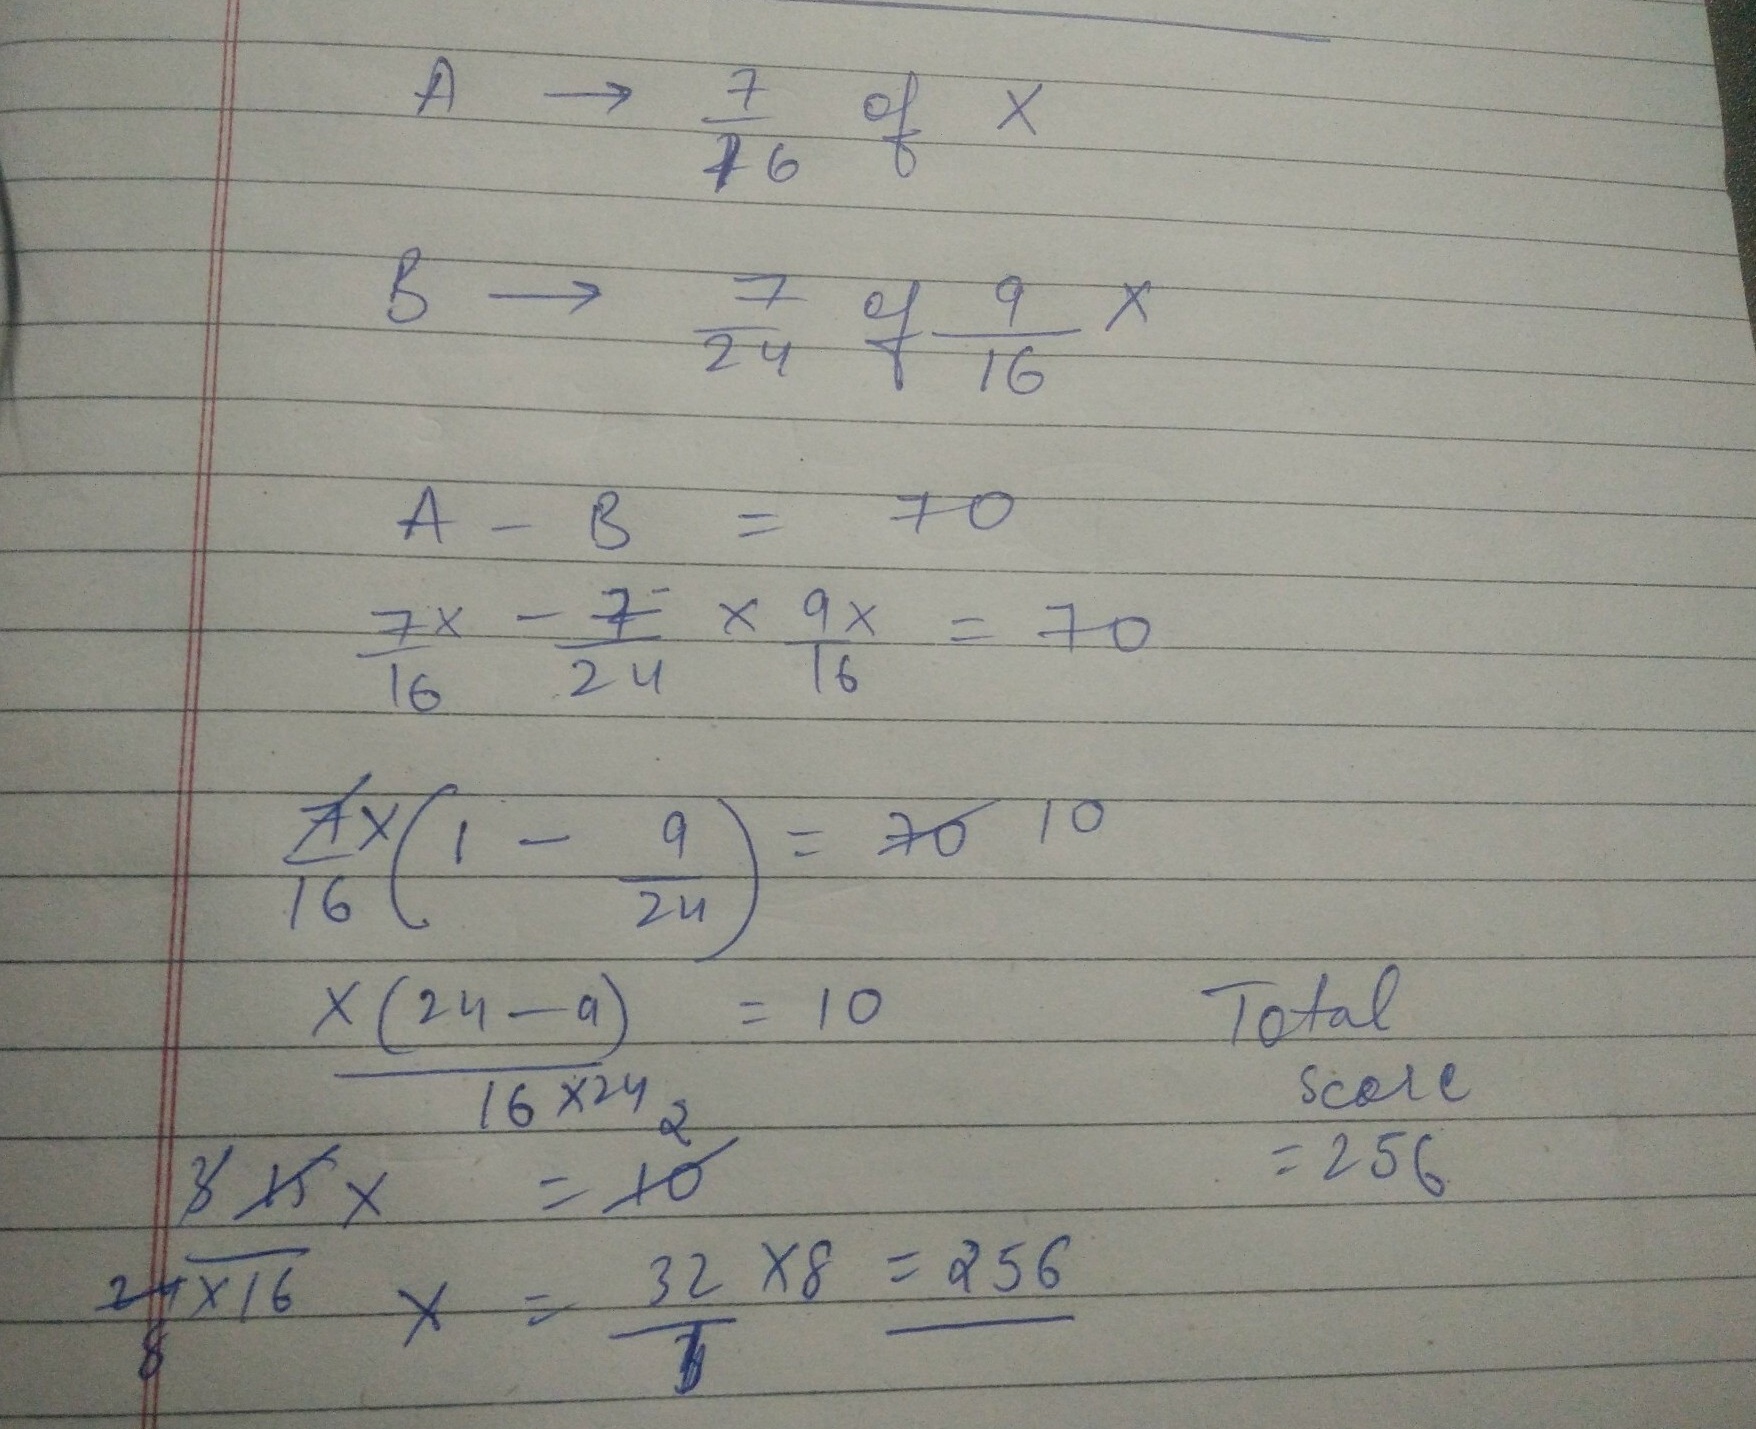
\[
\begin{align*}
A&\to\frac{7}{16}\text{ of }x\\
B&\to\frac{7}{24}\text{ of }\frac{9}{16}x\\
A - B&= 70\\
\frac{7x}{16}-\frac{7}{24}\times\frac{9x}{16}&= 70\\
\frac{7x}{16}(1 - \frac{9}{24})&= 70\\
\frac{x(24 - 9)}{16\times24}&= 10\\
\frac{15x}{24\times16}&= 10\\
x&=\frac{32\times8}{1}\\
&\text{Total}\\
&\text{Score}\\
&= 256
\end{align*}
\]